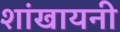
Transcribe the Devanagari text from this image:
शांखायनी